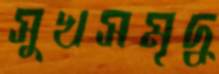
সুখসমৃদ্ধ